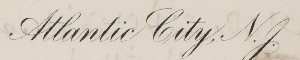
Atlantic City, N.J.